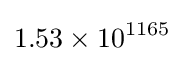
1.53\times 10^{1165}